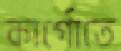
কার্গোতে